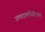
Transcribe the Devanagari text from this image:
उत्पादनाविरोधात